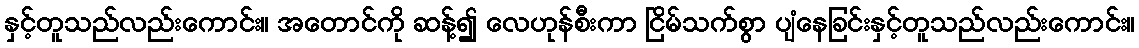
နှင့်တူသည်လည်းကောင်း။ အတောင်ကို ဆန့်၍ လေဟုန်စီးကာ ငြိမ်သက်စွာ ပျံနေခြင်းနှင့်တူသည်လည်းကောင်း။